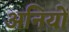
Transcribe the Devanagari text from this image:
अनियों